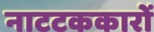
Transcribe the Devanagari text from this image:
नाटटककारों